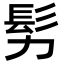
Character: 𩫸